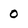
Character: 0